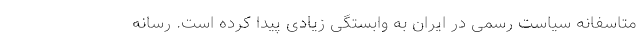
متاسفانه سیاست رسمی در ایران به وابستگی زیادی پیدا كرده است. رسانه